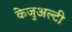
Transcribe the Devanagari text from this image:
केजुअल्टी